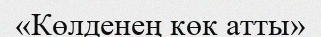
«Көлденең көк атты»